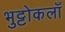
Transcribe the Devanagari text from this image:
भुट्टोकलाँ